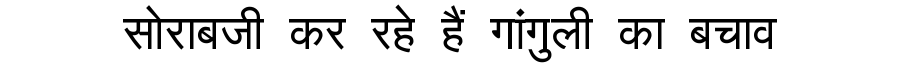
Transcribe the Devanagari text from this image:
सोराबजी कर रहे हैं गांगुली का बचाव